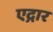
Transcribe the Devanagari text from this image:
एद्गार